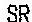
SR